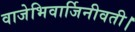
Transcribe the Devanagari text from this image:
वाजेभिवार्जिनीवती।